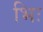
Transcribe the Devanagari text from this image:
भिः